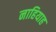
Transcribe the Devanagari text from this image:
नाहियाह